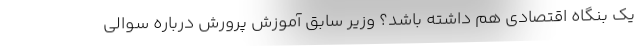
یک بنگاه اقتصادی هم داشته باشد؟ وزیر سابق آموزش پرورش درباره سوالی